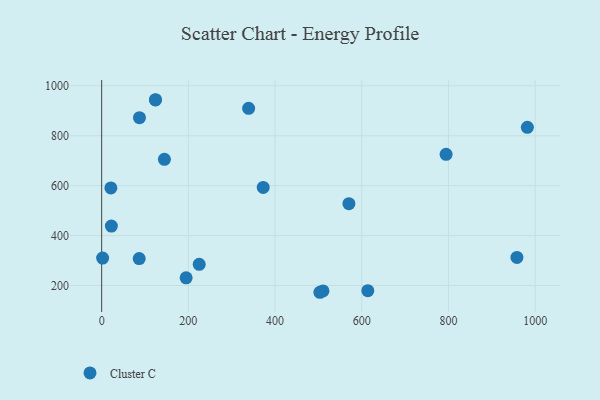
{"axis": {"x": "Distance", "y": "Salary"}, "legend": ["Cluster C"], "data": [{"x": "510.5", "y": 178.4, "type": "Cluster C"}, {"x": "982.0", "y": 833.6, "type": "Cluster C"}, {"x": "613.9", "y": 179.3, "type": "Cluster C"}, {"x": "86.6", "y": 307.6, "type": "Cluster C"}, {"x": "957.9", "y": 312.2, "type": "Cluster C"}, {"x": "372.6", "y": 592.7, "type": "Cluster C"}, {"x": "194.8", "y": 230.5, "type": "Cluster C"}, {"x": "225.0", "y": 284.9, "type": "Cluster C"}, {"x": "144.7", "y": 705.5, "type": "Cluster C"}, {"x": "87.2", "y": 872.2, "type": "Cluster C"}, {"x": "503.3", "y": 172.8, "type": "Cluster C"}, {"x": "570.3", "y": 527.9, "type": "Cluster C"}, {"x": "124.0", "y": 943.1, "type": "Cluster C"}, {"x": "794.5", "y": 725.3, "type": "Cluster C"}, {"x": "22.4", "y": 437.8, "type": "Cluster C"}, {"x": "339.0", "y": 909.8, "type": "Cluster C"}, {"x": "21.2", "y": 590.8, "type": "Cluster C"}, {"x": "2.2", "y": 309.7, "type": "Cluster C"}, {"x": "124.2", "y": 944.1, "type": "Cluster C"}]}